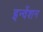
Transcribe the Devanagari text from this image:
इन्वेंशन